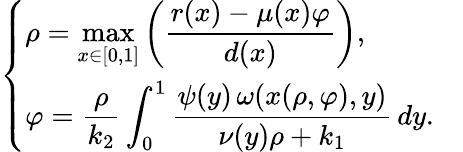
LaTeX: \left\{ \begin{array}{ll}{\rho=\displaystyle\operatorname*{max}_{x\in\lbrack 0,1]}\left(\frac{r(x)-\mu(x)\varphi}{d(x)}\right),}&\\ {\varphi=\displaystyle\frac{\rho}{k_{2}}\int_{0}^{1}\frac{\psi(y)\, \omega(x(\rho,\varphi),y)}{\nu(y)\rho+k_{1}}\, dy.}\end{array}\right.